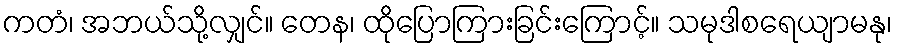
ကတံ၊ အဘယ်သို့လျှင်။ တေန၊ ထိုပြောကြားခြင်းကြောင့်။ သမုဒါစရေယျာမနု၊